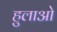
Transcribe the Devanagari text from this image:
हुलाओ